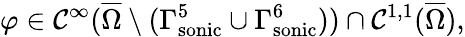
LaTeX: \varphi\in\mathcal{C}^{\infty}(\overline{{{\Omega}}}\setminus({\Gamma_{\mathrm{{{sonic}}}}^{5}}\cup{\Gamma_{\mathrm{{{sonic}}}}^{6}}))\cap\mathcal{C}^{1,1}(\overline{{{\Omega}}}),